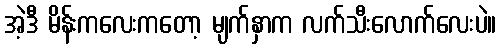
အဲ့ဒီ မိန်းကလေးကတော့ မျက်နှာက လက်သီးလောက်လေးပဲ။